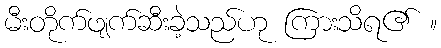
မီးတိုက်ဖျက်ဆီးခဲ့သည်ဟု ကြားသိရ၏ ။